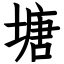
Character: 塘